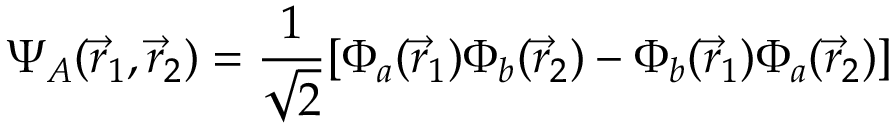
\Psi _ { A } ( { \vec { r } } _ { 1 } , { \vec { r } } _ { 2 } ) = { \frac { 1 } { \sqrt { 2 } } } [ \Phi _ { a } ( { \vec { r } } _ { 1 } ) \Phi _ { b } ( { \vec { r } } _ { 2 } ) - \Phi _ { b } ( { \vec { r } } _ { 1 } ) \Phi _ { a } ( { \vec { r } } _ { 2 } ) ]